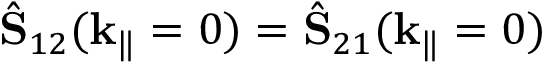
\hat { \mathbf { S } } _ { 1 2 } ( \mathbf { k } _ { \| } = 0 ) = \hat { \mathbf { S } } _ { 2 1 } ( \mathbf { k } _ { \| } = 0 )